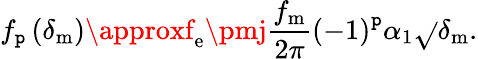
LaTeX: f_{\mathtt{p}}\left(\delta_{\mathrm{{m}}}\right)\approxf_{\mathrm{{e}}}\pmj\frac{{f_{\mathrm{{m}}}}}{{2\pi}}\left(-1\right)^{\mathtt{p}}\alpha_{1}\sqrt{}{{\delta_{\mathrm{{m}}}}}.